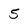
Character: 5